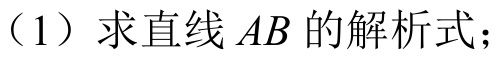
（1）求直线\(AB\)的解析式；